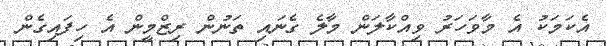
އެކަމަކު އެ މާވަހަރު ވިއްކާލަން މާލެ ގެނައި ތަނުން ރިޒްމީން އެ ހިފައިގެން